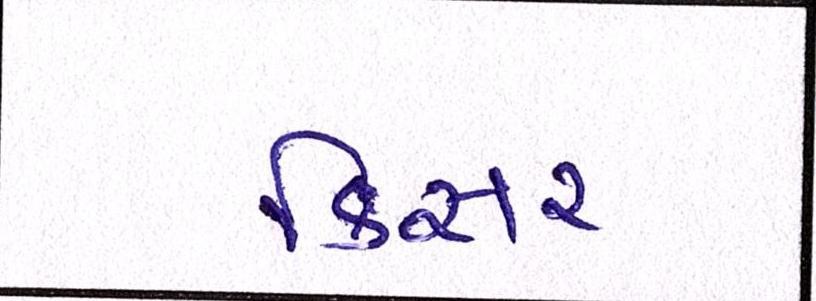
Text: કિસર